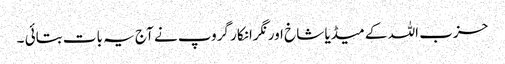
حزب اللہ کے میڈیا شاخ اور نگرانکار گروپ نے آج یہ بات بتائی ۔